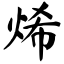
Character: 烯